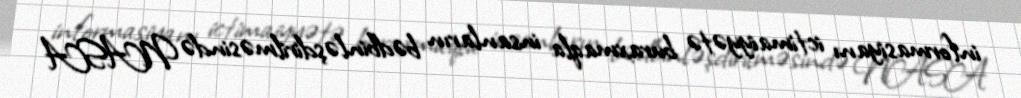
informasiyanı ictimaiyyətə buraxmaqla insanların bədbinləşdirilməsində NASA